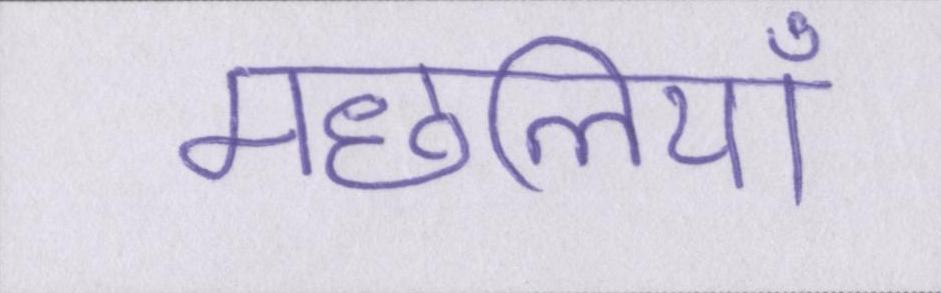
मछलियाँ